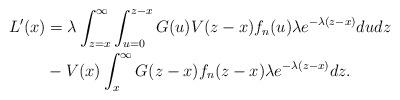
LaTeX: \begin{align*}L'(x) &= \lambda \int_{z=x}^{\infty}\int_{u=0}^{z-x}G(u)V(z-x)f_n(u)\lambda e^{-\lambda(z-x)}du dz \\ & - V(x)\int_{x}^{\infty}G(z-x)f_n(z-x)\lambda e^{-\lambda(z-x)}dz.\end{align*}